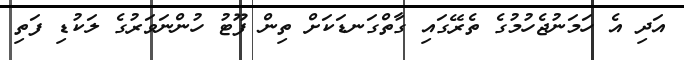
އަދި އެ ހަމަނުޖެހުމުގެ ތެރޭގައި ގާތްގަނޑަކަށް ތިން ފޫޓު ހުންނަވަރުގެ ލަކުޑި ފަތި